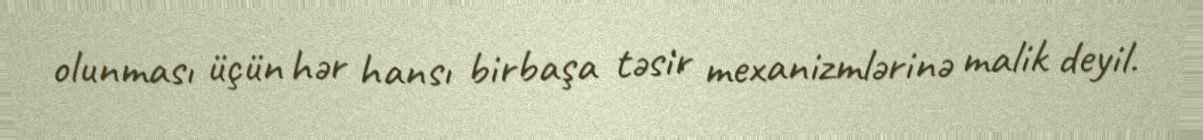
olunması üçün hər hansı birbaşa təsir mexanizmlərinə malik deyil.